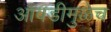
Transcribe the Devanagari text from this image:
आवडीमुळेच